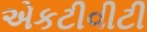
એકટીવીટી